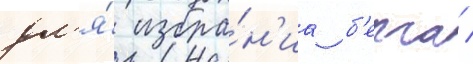
дл'я́ избра́н'иа б'ерча /